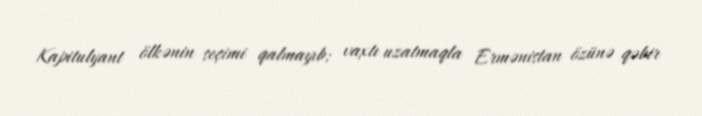
Kapitulyant ölkənin seçimi qalmayıb; vaxtı uzatmaqla Ermənistan özünə qəbir